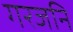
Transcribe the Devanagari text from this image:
गरजनि